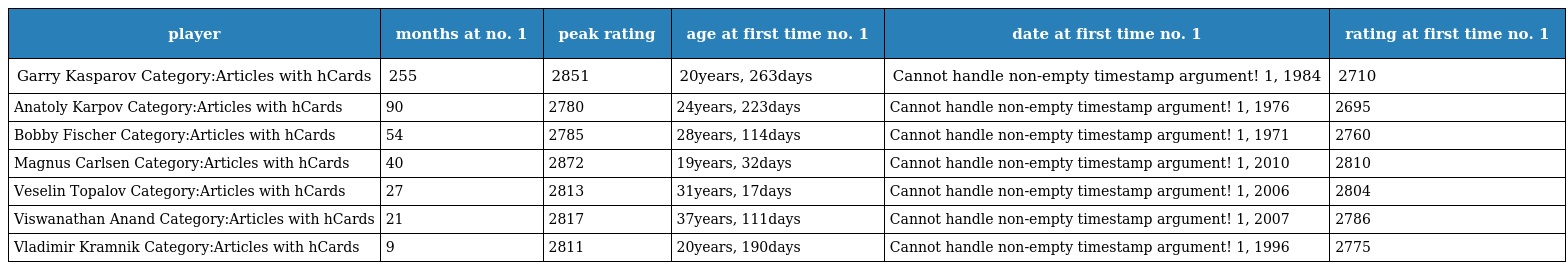
| player | months at no. 1 | peak rating | age at first time no. 1 | date at first time no. 1 | rating at first time no. 1 |
 | --- | --- | --- | --- | --- | --- |
 | Garry Kasparov Category:Articles with hCards | 255 | 2851 | 20years, 263days | Cannot handle non-empty timestamp argument! 1, 1984 | 2710 |
 | Anatoly Karpov Category:Articles with hCards | 90 | 2780 | 24years, 223days | Cannot handle non-empty timestamp argument! 1, 1976 | 2695 |
 | Bobby Fischer Category:Articles with hCards | 54 | 2785 | 28years, 114days | Cannot handle non-empty timestamp argument! 1, 1971 | 2760 |
 | Magnus Carlsen Category:Articles with hCards | 40 | 2872 | 19years, 32days | Cannot handle non-empty timestamp argument! 1, 2010 | 2810 |
 | Veselin Topalov Category:Articles with hCards | 27 | 2813 | 31years, 17days | Cannot handle non-empty timestamp argument! 1, 2006 | 2804 |
 | Viswanathan Anand Category:Articles with hCards | 21 | 2817 | 37years, 111days | Cannot handle non-empty timestamp argument! 1, 2007 | 2786 |
 | Vladimir Kramnik Category:Articles with hCards | 9 | 2811 | 20years, 190days | Cannot handle non-empty timestamp argument! 1, 1996 | 2775 |